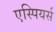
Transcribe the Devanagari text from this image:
एस्पियर्स